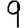
Digit: 9